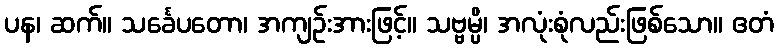
ပန၊ ဆက်။ သင်္ခေပတော၊ အကျဉ်းအားဖြင့်။ သဗ္ဗမ္ပိ၊ အလုံးစုံလည်းဖြစ်သော။ ဧတံ